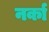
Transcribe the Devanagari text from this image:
नर्का